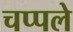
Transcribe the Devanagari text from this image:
चप्पले